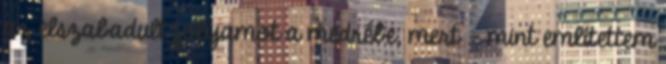
az elszabadult folyamot a medrébe, mert - mint említettem